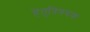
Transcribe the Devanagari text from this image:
हेतुविषयक